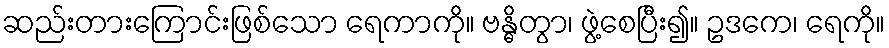
ဆည်းတားကြောင်းဖြစ်သော ရေကာကို။ ဗန္ဓိတွာ၊ ဖွဲ့စေပြီး၍။ ဥဒကေ၊ ရေကို။